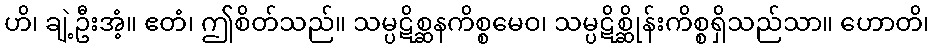
ဟိ၊ ချဲ့ဦးအံ့။ ဧတံ၊ ဤစိတ်သည်။ သမ္ပဋိစ္ဆနကိစ္စမေဝ၊ သမ္ပဋိစ္ဆိုန်းကိစ္စရှိသည်သာ။ ဟောတိ၊